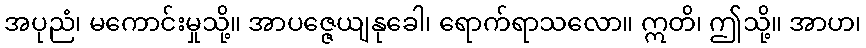
အပုညံ၊ မကောင်းမှုသို့။ အာပဇ္ဇေယျနုခေါ၊ ရောက်ရာသလော။ ဣတိ၊ ဤသို့။ အာဟ၊